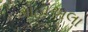
ગાહાઅલા